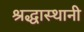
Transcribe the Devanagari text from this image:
श्रद्धास्थानी